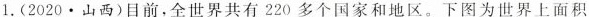
(2020·山西)目前，全世界共有220多个国家和地区。下图为世界上面积